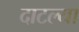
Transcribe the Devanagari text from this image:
दाटल्या